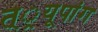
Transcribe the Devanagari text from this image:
त््रयूपांग